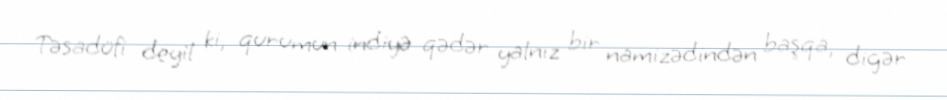
Təsadüfi deyil ki, qurumun indiyə qədər yalnız bir namizədindən başqa, digər